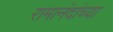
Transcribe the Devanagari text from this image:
रामानंदांच्या